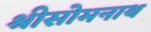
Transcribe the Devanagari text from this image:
श्रीसोमनाथ